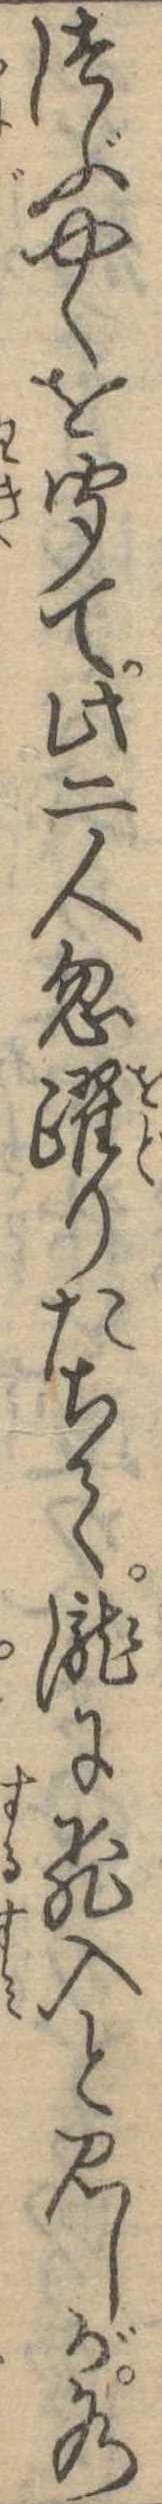
つぶやくを聞て此二人忽躍りたちて滝に飛入と見しが水